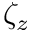
\zeta _ { z }